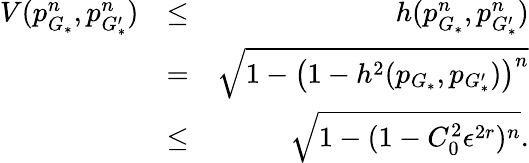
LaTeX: \begin{array}{rlr}{V(p_{G_{*}}^{n},p_{G_{*}^{\prime}}^{n})}&{\leq}&{h(p_{G_{*}}^{n},p_{G_{*}^{\prime}}^{n})}\\ &{=}&{\sqrt{1-\left(1-h^{2}(p_{G_{*}},p_{G_{*}^{\prime}})\right)^{n}}}\\ &{\leq}&{\sqrt{1-(1-C_{0}^{2}\epsilon^{2r})^{n}}.}\end{array}